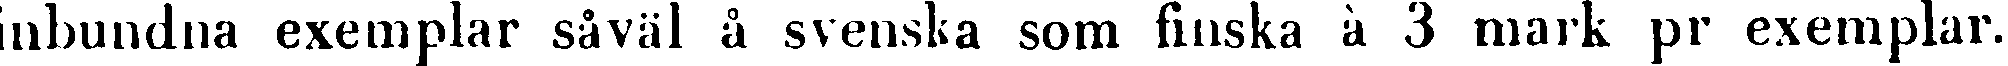
inbundna exemplar såväl å svenska som finska à 3 mark pr exemplar.